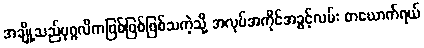
အချို့သည်ပုဂ္ဂလိကဖြစ်ဖြစ်ဖြစ်သကဲ့သို့ အလုပ်အကိုင်အခွင့်လမ်း တယောက်ရယ်